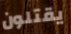
يقتلون